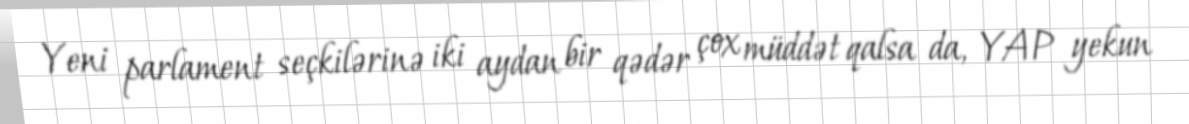
Yeni parlament seçkilərinə iki aydan bir qədər çox müddət qalsa da, YAP yekun